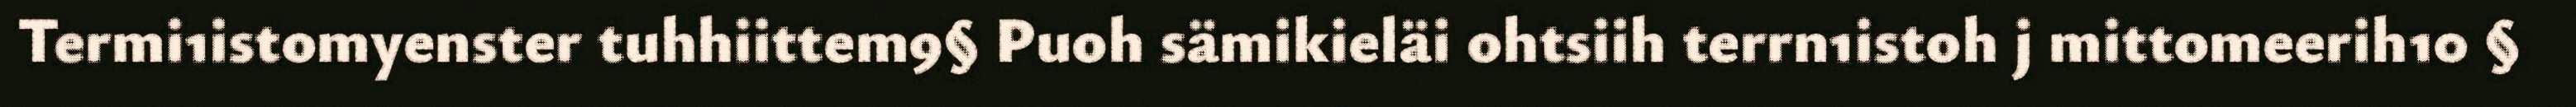
Termi1istomyenster tuhhiittem9§ Puoh sämikieläi ohtsiih terrn1istoh j mittomeerih10 §